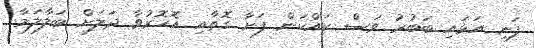
ފަނި އަޅައި ބަބުރު ވަސް ކައްކަން ފަށާ ގޮތާއި އޮހޮރުވާ ދަލަށް ބަލާލަމާ